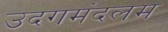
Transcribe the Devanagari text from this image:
उदगमंदलम